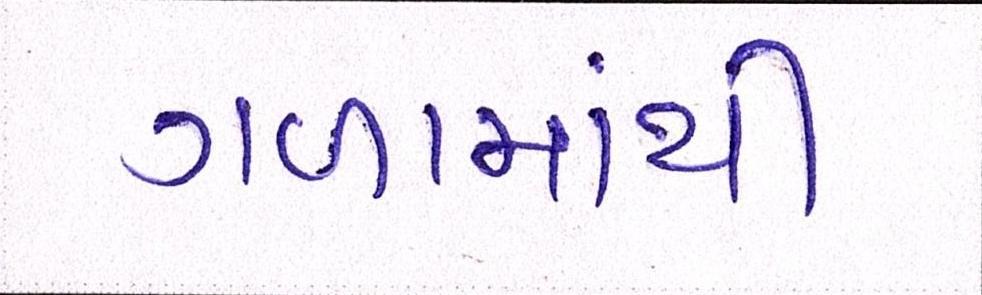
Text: ગળામાંથી